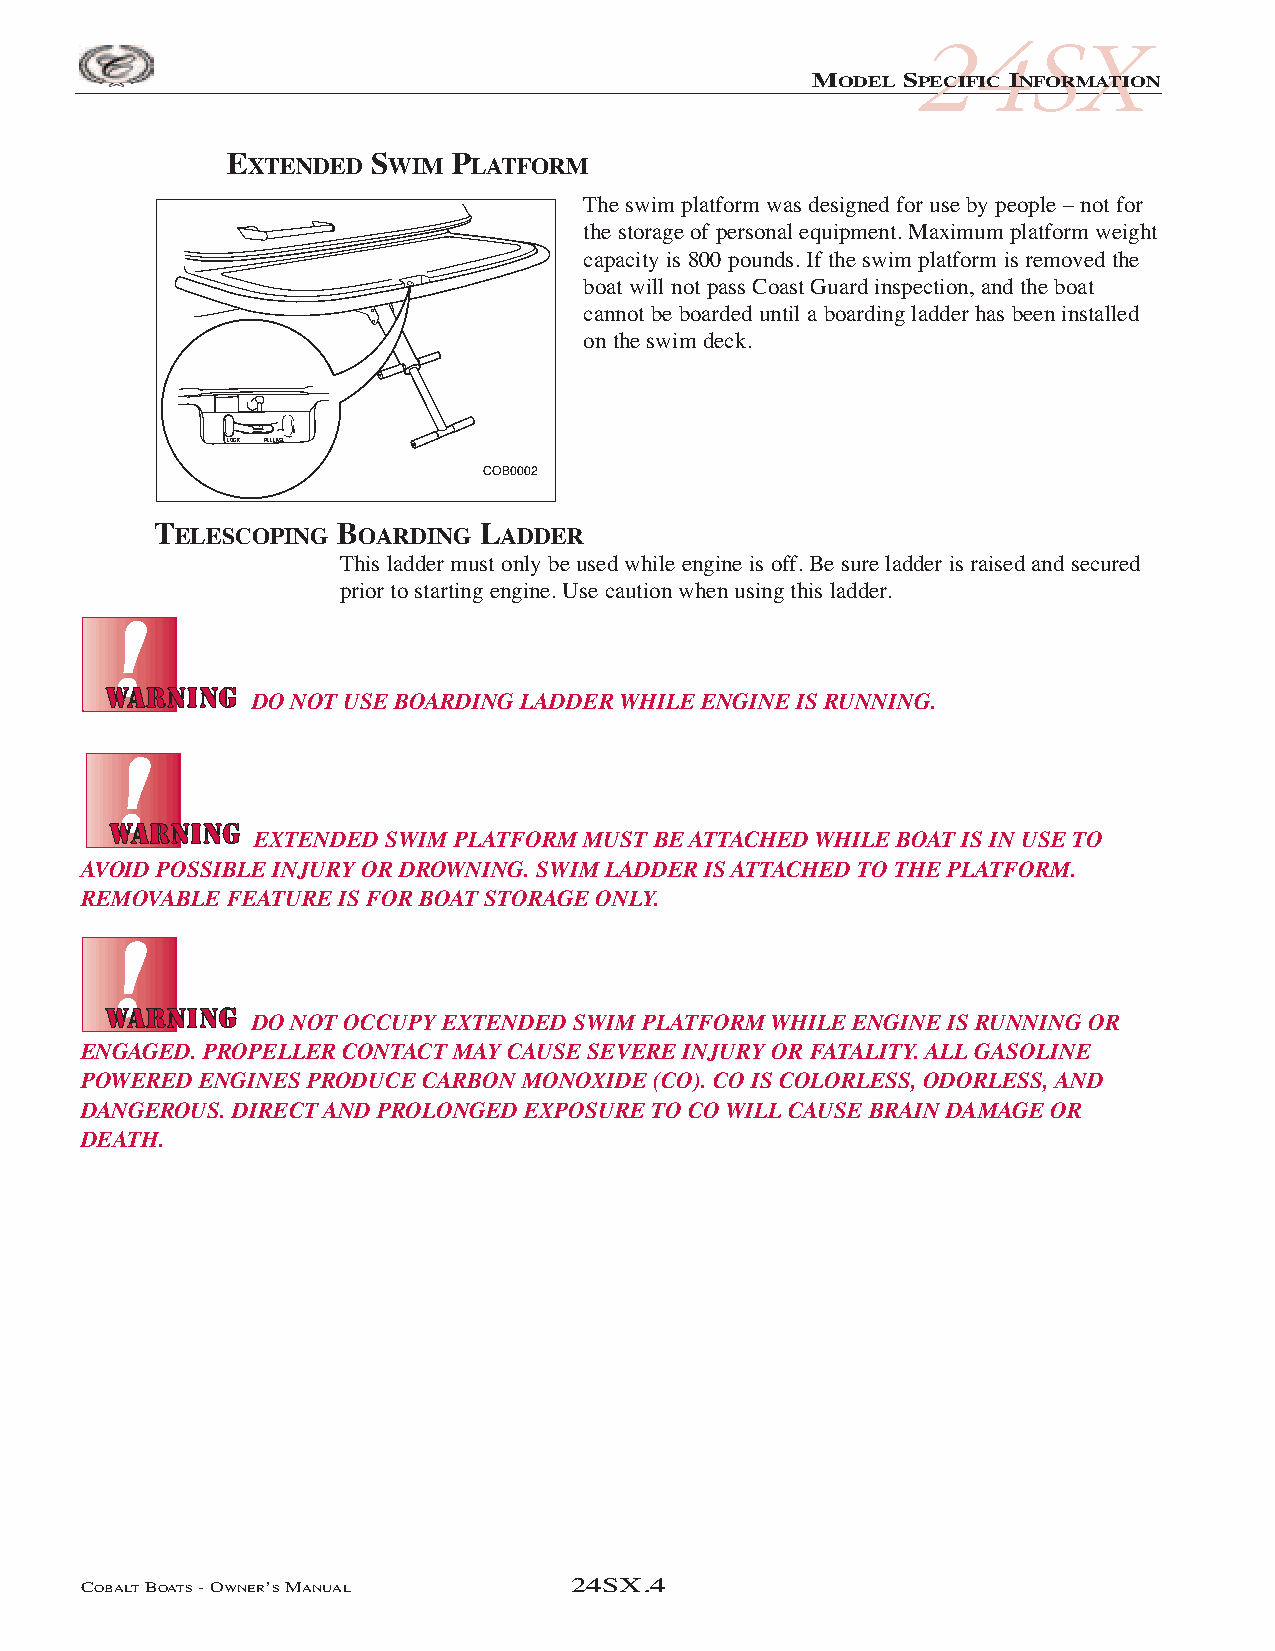
COB_05 Sect 24SX.qxd 3/18/05 9:26 AM Page 4
 24SX
 MODEL SPECIFIC INFORMATION
 EXTENDED  SWIM PLATFORM
 The swim platform was designed for use by people – not for
 the storage of personal equipment. Maximum platform weight
 capacity is 800 pounds. If the swim platform is removed the
 boat will not pass Coast Guard inspection, and the boat
 cannot be boarded until a boarding ladder has been installed
 on the swim deck.
 LOCK RELEASE
 TELESCOPING BOARDING LADDER
 This ladder must only be used while engine is off. Be sure ladder is raised and secured
 prior to starting engine. Use caution when using this ladder.
 DO NOT USE BOARDING LADDER WHILE ENGINE IS RUNNING.
 EXTENDED SWIM PLATFORM MUST BE ATTACHED WHILE BOAT IS IN USE TO
 AVOID POSSIBLE INJURY OR DROWNING. SWIM LADDER IS ATTACHED TO THE PLATFORM.
 REMOVABLE FEATURE IS FOR BOAT STORAGE ONLY.
 DO NOT OCCUPY EXTENDED SWIM PLATFORM WHILE ENGINE IS RUNNING OR
 ENGAGED. PROPELLER CONTACT MAY CAUSE SEVERE INJURY OR FATALITY. ALL GASOLINE
 POWERED ENGINES PRODUCE CARBON MONOXIDE (CO). CO IS COLORLESS, ODORLESS, AND
 DANGEROUS. DIRECT AND PROLONGED EXPOSURE TO CO WILL CAUSE BRAIN DAMAGE OR
 DEATH.
 COBALTBOATS- OWNER’SMANUAL      24SX.4